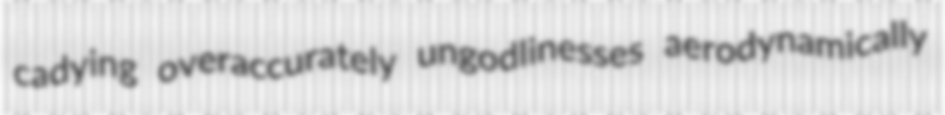
cadying overaccurately ungodlinesses aerodynamically